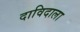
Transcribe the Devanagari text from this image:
दाविदाला